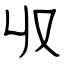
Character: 収